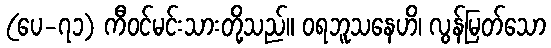
(ပေ-၇၁) ကီဝင်မင်းသားတို့သည်။ ဝရဘူသနေဟိ၊ လွန်မြတ်သော